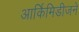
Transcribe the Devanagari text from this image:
आर्किमिडीजने